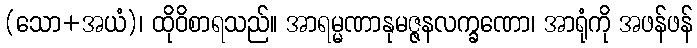
(သော+အယံ)၊ ထိုဝိစာရသည်။ အာရမ္မဏာနုမဇ္ဇနလက္ခဏော၊ အာရုံကို အဖန်ဖန်